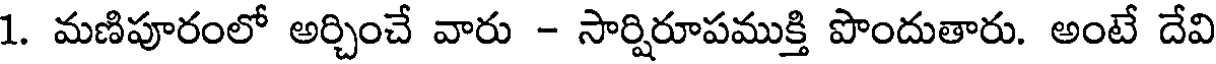
1. మణిపూరంలో అర్చించే వారు - సార్షిరూపముక్తి పొందుతారు. అంటే దేవి